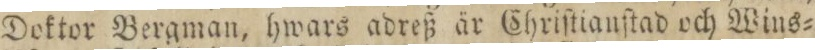
Doktor Bergman, hwars adreß är Christianſtad och Wins=